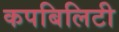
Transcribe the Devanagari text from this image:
कपबिलिटी